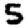
Digit: 5